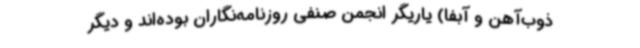
ذوب‌آهن و آبفا) یاریگر انجمن صنفی روزنامه‌نگاران بوده‌اند و دیگر